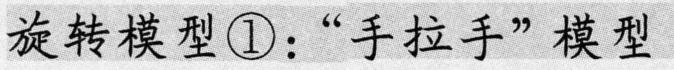
旋转模型\textcircled{1}：“手拉手”模型